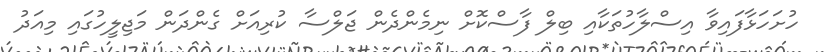
ހުށަހަޅާފައިވާ އިސްލާހުތަކާއި ބިލް ފާސްކޮށް ނިމެންދެން ޖަލްސާ ކުރިއަށް ގެންދަން މަޖިލީހުގައި މިއަދު